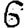
Digit: 6